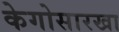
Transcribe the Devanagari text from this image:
केगोसारखा